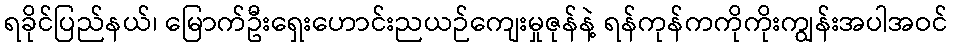
ရခိုင်ပြည်နယ်၊ မြောက်ဦးရှေးဟောင်းညယဉ်ကျေးမှုဇုန်နဲ့ ရန်ကုန်ကကိုကိုးကျွန်းအပါအဝင်